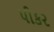
પીકર